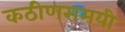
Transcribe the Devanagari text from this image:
कठीणसमयी